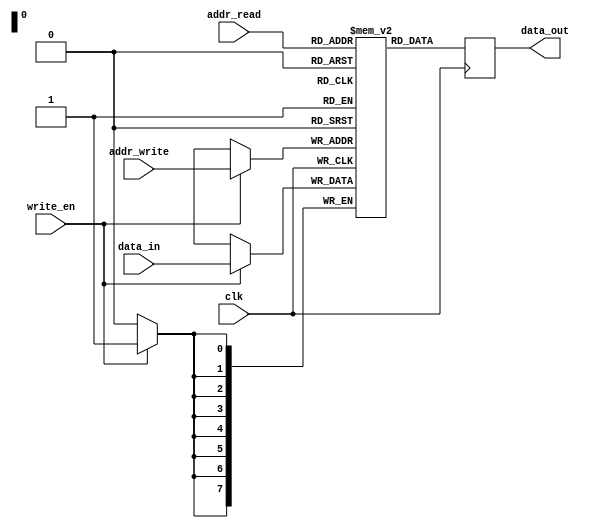
module dual_port_ram (
    input wire clk,
    input wire [7:0] addr_write, // Address for write port
    input wire [7:0] addr_read, // Address for read port
    input wire write_en, // Write enable signal
    input wire [7:0] data_in, // Data input for write port
    output reg [7:0] data_out // Data output for read port
);

reg [7:0] memory [255:0]; // Memory array with 256 memory locations

// Write operation
always @(posedge clk) begin
    if (write_en) begin
        memory[addr_write] <= data_in;
    end
end

// Read operation
always @(posedge clk) begin
    data_out <= memory[addr_read];
end

endmodule